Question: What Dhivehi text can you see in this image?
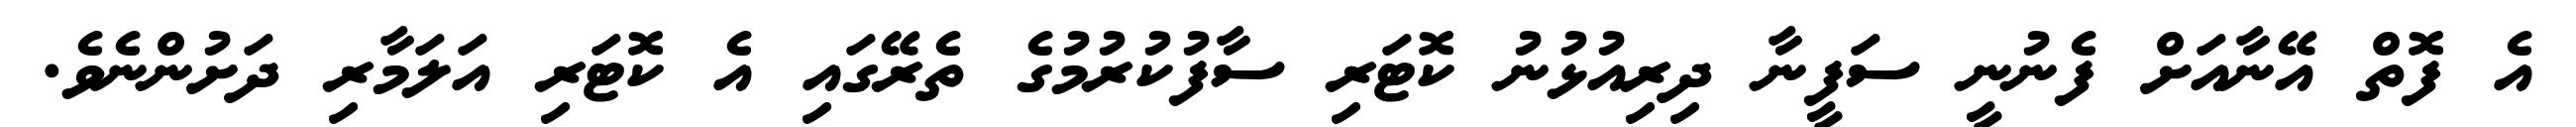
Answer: އެ ފޮތް އޭނާއަށް ފެނުނީ ސަފީނާ ދިރިއުޅުނު ކޮޓަރި ސާފުކުރުމުގެ ތެރޭގައި އެ ކޮޓަރި އަލަމާރި ދަށުންނެވެ.